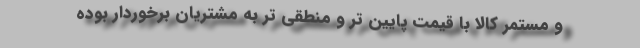
و مستمر کالا با قیمت پایین تر و منطقی تر به مشتریان برخوردار بوده